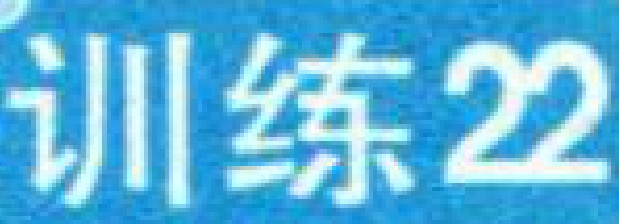
训练22